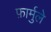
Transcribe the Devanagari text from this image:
फ़ार्मुले